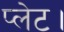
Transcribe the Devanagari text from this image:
प्लेट।